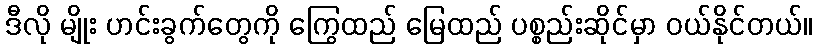
ဒီလို မျိုး ဟင်းခွက်တွေကို ကြွေထည် မြေထည် ပစ္စည်းဆိုင်မှာ ဝယ်နိုင်တယ်။